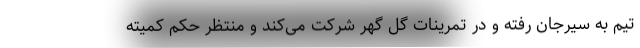
تیم به سیرجان رفته و در تمرینات گل گهر شرکت می‌کند و منتظر حکم کمیته